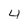
Character: 4